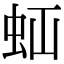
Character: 𧉋